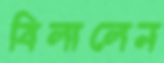
বিলালেন